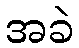
အခဲ